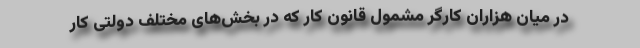
در میان هزاران کارگر مشمول قانون کار که در بخش‌های مختلف دولتی کار